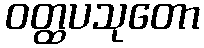
ဝတ္ထပသုတော